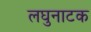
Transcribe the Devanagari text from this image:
लघुनाटक